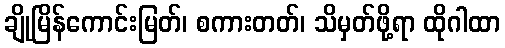
ချိုမြိန်ကောင်းမြတ်၊ စကားတတ်၊ သိမှတ်ဖို့ရာ ထိုဂါထာ